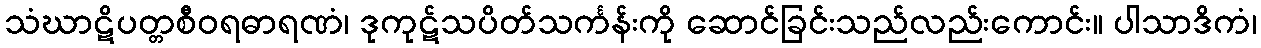
သံဃာဋိပတ္တစီဝရဓာရဏံ၊ ဒုကုဋ်သပိတ်သင်္ကန်းကို ဆောင်ခြင်းသည်လည်းကောင်း။ ပါသာဒိကံ၊